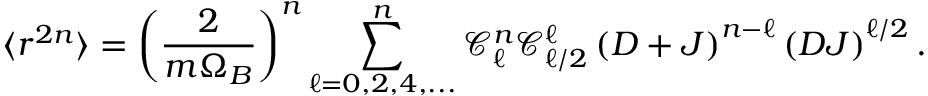
\langle r ^ { 2 n } \rangle = \left( \frac { 2 } { m \Omega _ { B } } \right) ^ { n } \sum _ { \ell = 0 , 2 , 4 , . . . } ^ { n } \mathcal { C } _ { \ell } ^ { n } \mathcal { C } _ { \ell / 2 } ^ { \ell } \left( D + J \right) ^ { n - \ell } \left( D J \right) ^ { \ell / 2 } .